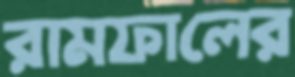
রামফালের